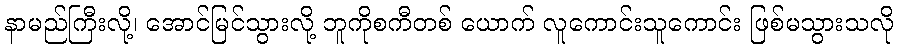
နာမည်ကြီးလို့၊ အောင်မြင်သွားလို့ ဘူကိုစကီတစ် ယောက် လူကောင်းသူကောင်း ဖြစ်မသွားသလို